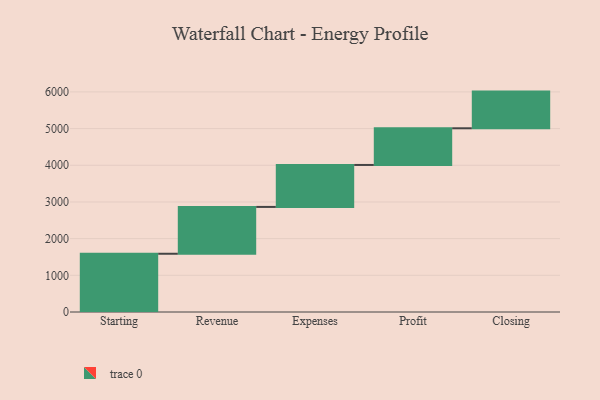
{"axis": {"x": "Step", "y": "Value"}, "legend": [""], "data": [{"x": "Starting", "y": 1588.0, "type": ""}, {"x": "Revenue", "y": 1277.0, "type": ""}, {"x": "Expenses", "y": 1144.0, "type": ""}, {"x": "Profit", "y": 1000, "type": ""}, {"x": "Closing", "y": 1000, "type": ""}]}